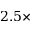
2 . 5 \times